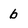
Character: 6